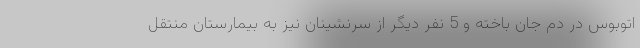
اتوبوس در دم جان باخته و 5 نفر دیگر از سرنشینان نیز به بیمارستان منتقل